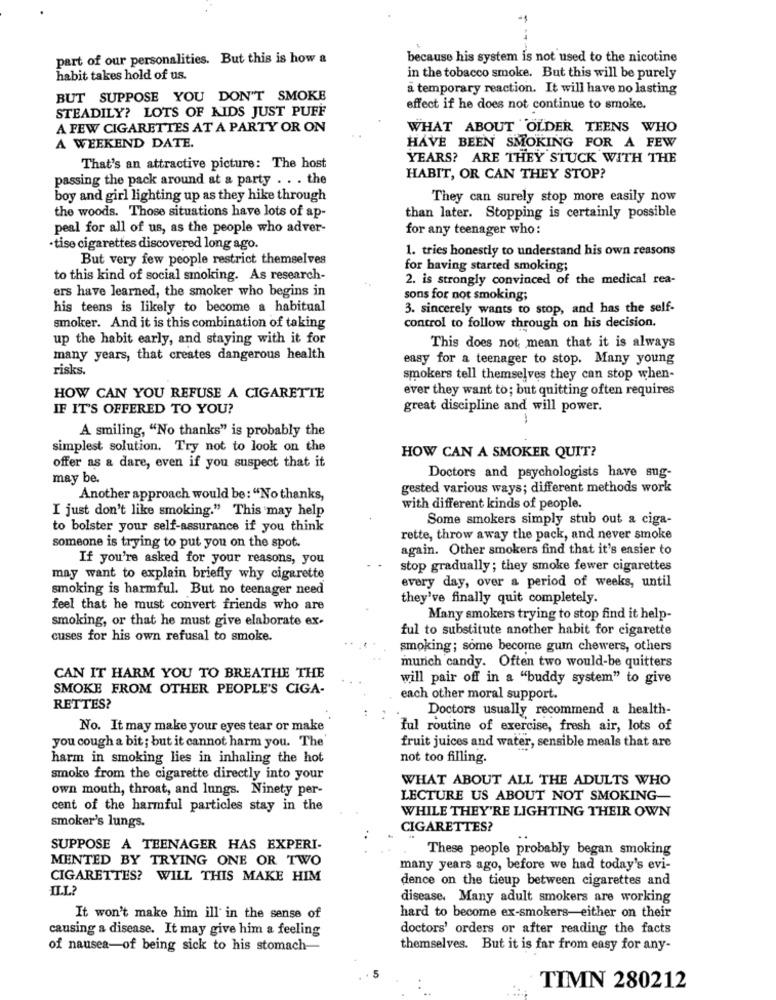
part of our personalities. But this is how a
because his system is not used to the nicotine
habit takes hold of us.
in the tobacco smoke. But this will be purely
a temporary reaction. It will have no lasting
BUT SUPPOSE YOU DON'T SMOKE
STEADILY? LOTS OF KIDS JUST PUFF
effect if he does not continue to smoke.
A FEW CIGARETTES AT A PARTY OR ON
WHAT ABOUT OLDER TEENS WHO
HAVE BEEN SMOKING FOR A FEW
A WEEKEND DATE.
YEARS? ARE THEY STUCK WITH THE
That's an attractive picture: The host
passing the pack around at a party . . . the
HABIT, OR CAN THEY STOP?
boy and girl lighting up as they hike through
They can surely stop more easily now
the woods. Those situations have lots of ap-
than later. Stopping is certainly possible
peal for all of us, as the people who adver-
for any teenager who:
·tise cigarettes discovered long ago.
1. tries honestly to understand his own reasons
But very few people restrict themselves
for having started smoking;
to this kind of social smoking. As research-
2. is strongly convinced of the medical rea-
ers have learned, the smoker who begins in
sons for not smoking;
his teens is likely to become a habitual
3. sincerely wants to stop, and has the self-
smoker. And it is this combination of taking
control to follow through on his decision.
up the habit early, and staying with it for
This does not mean that it is always
many years, that creates dangerous health
easy for a teenager to stop. Many young
risks.
smokers tell themselves they can stop when-
ever they want to; but quitting often requires
HOW CAN YOU REFUSE A CIGARETTE
IF IT'S OFFERED TO YOU?
great discipline and will power.
-
A smiling, "No thanks" is probably the
simplest solution. Try not to look on the
HOW CAN A SMOKER QUIT?
offer as a dare, even if you suspect that it
may be.
Doctors and psychologists have sug-
gested various ways; different methods work
Another approach would be: "No thanks,
I just don't like smoking." This may help
with different kinds of people.
Some smokers simply stub out a ciga-
to bolster your self-assurance if you think
rette, throw away the pack, and never smoke
someone is trying to put you on the spot.
again. Other smokers find that it's easier to
If you're asked for your reasons, you
stop gradually ; they smoke fewer cigarettes
may want to explain briefly why cigarette
smoking is harmful. But no teenager need
every day, over a period of weeks, until
they've finally quit completely.
feel that he must convert friends who are
smoking, or that he must give elaborate ex-
Many smokers trying to stop find it help-
ful to substitute another habit for cigarette
cuses for his own refusal to smoke.
smoking; some become gum chewers, others
munich candy. Often two would-be quitters
CAN IT HARM YOU TO BREATHE THE
will pair off in a "buddy system" to give
SMOKE FROM OTHER PEOPLE'S CIGA-
each other moral support.
RETTES?
Doctors usually recommend a health-
No. It may make your eyes tear or make
ful routine of exercise, fresh air, lots of
you cough a bit; but it cannot harm you. The'
fruit juices and water, sensible meals that are
harm in smoking lies in inhaling the hot
not too filling.
smoke from the cigarette directly into your
WHAT ABOUT ALL THE ADULTS WHO
own mouth, throat, and lungs. Ninety per-
LECTURE US ABOUT NOT SMOKING-
cent of the harmful particles stay in the
WHILE THEY'RE LIGHTING THEIR OWN
smoker's lungs.
CIGARETTES?
SUPPOSE A TEENAGER HAS EXPERI-
These people probably began smoking
MENTED BY TRYING ONE OR TWO
many years ago, before we had today's evi-
CIGARETTES? WILL THIS MAKE HIM
dence on the tieup between cigarettes and
ILL?
disease. Many adult smokers are working
It won't make him ill in the sense of
hard to become ex-smokers-either on their
causing a disease. It may give him a feeling
doctors' orders or after reading the facts
of nausea-of being sick to his stomach-
themselves. But it is far from easy for any-
TIMN 280212